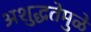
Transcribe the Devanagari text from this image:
अशुद्धतेमुळे